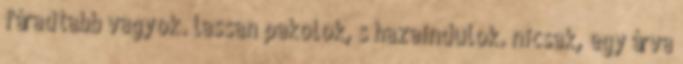
fáradtabb vagyok. lassan pakolok, s hazaindulok. nicsak, egy árva